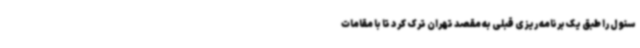
سئول را طبق یک برنامه ریزی قبلی به مقصد تهران ترک کرد تا با مقامات